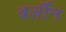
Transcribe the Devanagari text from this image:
बर्लीन